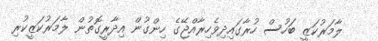
ލާމަރުކަޒީ ބަހުސް ހުރާގައިދިވެހިރާއްޖޭގެ ހިންގުން އިދާރީގޮތުން ލާމަރުކަޒީކުރި